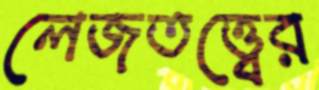
লেজতত্ত্বের